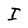
Character: I